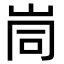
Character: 峝